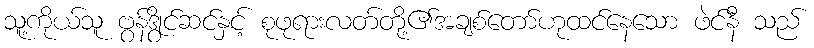
သူ့ကိုယ်သူ ဗွန်ဒွိုင်ဆင်နှင့် စုဖုရားလတ်တို့၏အချစ်တော်ဟုထင်နေသော ဖဲင်နီ သည်